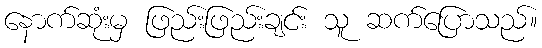
နောက်ဆုံးမှ ဖြည်းဖြည်းချင်း သူ ဆက်ပြောသည်။